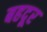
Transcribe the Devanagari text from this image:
बहदूर